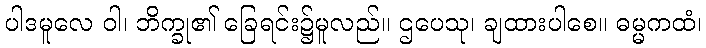
ပါဒမူလေ ဝါ၊ ဘိက္ခု၏ ခြေရင်း၌မူလည်။ ဌပေသု၊ ချထားပါစေ။ ဓမ္မကထံ၊